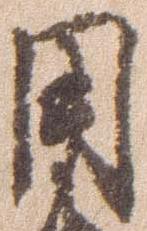
用